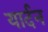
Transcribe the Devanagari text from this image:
यार्दन